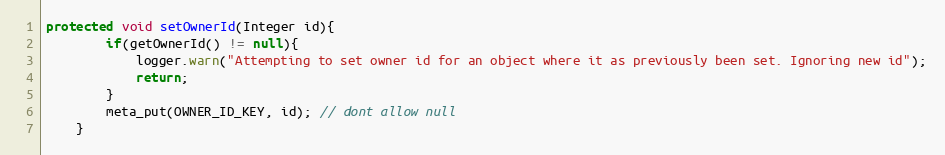
Language: Java
protected void setOwnerId(Integer id){
        if(getOwnerId() != null){
            logger.warn("Attempting to set owner id for an object where it as previously been set. Ignoring new id");
            return;
        }
        meta_put(OWNER_ID_KEY, id); // dont allow null
    }